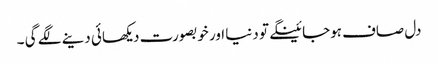
دل صاف ہوجائینگے تو دنیا اور خوبصورت دیکھائی دینے لگے گی ۔